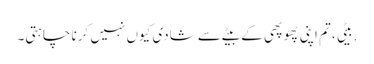
.بیٹی ،تم اپنی پھوپھی کے بیٹے سے شادی کیوں نہیں کرنا چاہتی۔